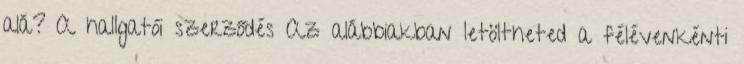
alá? A hallgatói szerződés Az alábbiakban letöltheted a félévenkénti